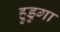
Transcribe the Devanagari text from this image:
हुडुगा